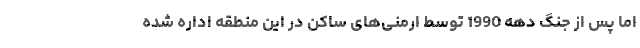
اما پس از جنگ دهه 1990 توسط ارمنی‌های ساکن در این منطقه اداره شده